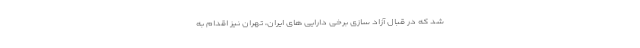
شد که در قبال آزاد سازی برخی دارایی های ایران، تهران نیز اقدام به